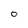
Character: O